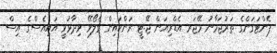
ޕެންޓަގަންގެ ތަރުޖަމާނު މޭޖަރ އެޑްރިއަން ޖޭ.ޓީ ރަންކައިން ގެލޯވޭ ވިދާޅުވީ އައިއެސްގެ އިސް